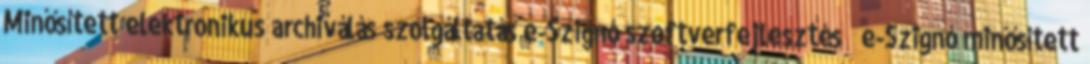
Minősített elektronikus archiválás szolgáltatás e-Szignó szoftverfejlesztés  e-Szignó minősített